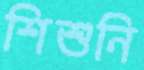
শিশুনি